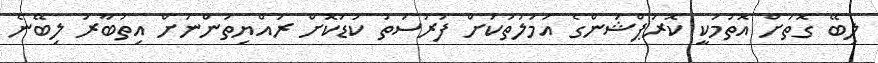
ލިބޭ ގޮތަށް އޮތުމަކީ ކޮރަޕްޝަންގެ އަމަލުތަކަށް ފުރުސަތު ކުޑަކޮށް ރައްޔިތުންނަށް އިތުބާރު ލިބޭނެ